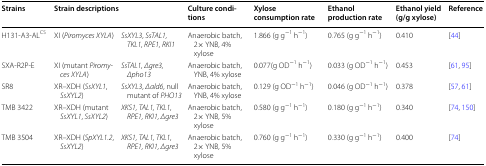
<table><thead><tr><td><b>Strains</b></td><td colspan="2"><b>Strain descriptions</b></td><td><b>Culture conditions</b></td><td><b>Xylose consumption rate</b></td><td><b>Ethanol production rate</b></td><td><b>Ethanol yield (g/g xylose)</b></td><td><b>Reference</b></td></tr></thead><tbody><tr><td>H131-A3-AL<sup>CS</sup></td><td>XI (<i>Piromyces XYLA</i>)</td><td><i>SsXYL3</i>, <i>SsTAL1, TKL1, RPE1, RKI1</i></td><td>Anaerobic batch, 2× YNB, 4% xylose</td><td>1.866 (g g<sup>−1</sup> h<sup>−1</sup>)</td><td>0.765 (g g<sup>−1</sup> h<sup>−1</sup>)</td><td>0.410</td><td>[44]</td></tr><tr><td>SXA-R2P-E</td><td>XI (mutant <i>Piromyces XYLA</i>)</td><td><i>SsTAL1, Δgre3, Δpho13</i></td><td>Anaerobic batch, YNB, 4% xylose</td><td>0.077(g OD<sup>−1</sup> h<sup>−1</sup>)</td><td>0.033 (g OD<sup>−1</sup> h<sup>−1</sup>)</td><td>0.453</td><td>[61, 95]</td></tr><tr><td>SR8</td><td>XR–XDH (<i>SsXYL1</i>, <i>SsXYL2</i>)</td><td><i>SsXYL3</i>, <i>Δald6</i>, null mutant of <i>PHO13</i></td><td>Anaerobic batch, YNB, 4% xylose</td><td>0.129 (g OD<sup>−1</sup> h<sup>−1</sup>)</td><td>0.046 (g OD<sup>−1</sup> h<sup>−1</sup>)</td><td>0.378</td><td>[57, 61]</td></tr><tr><td>TMB 3422</td><td>XR–XDH (mutant <i>SsXYL1</i>, <i>SsXYL2</i>)</td><td><i>XKS1, TAL1, TKL1, RPE1, RKI1, Δgre3</i></td><td>Anaerobic batch, 2× YNB, 5% xylose</td><td>0.580 (g g<sup>−1</sup> h<sup>−1</sup>)</td><td>0.180 (g g<sup>−1</sup> h<sup>−1</sup>)</td><td>0.340</td><td>[74, 150]</td></tr><tr><td>TMB 3504</td><td>XR–XDH (<i>SpXYL1.2</i>, <i>SsXYL2</i>)</td><td><i>XKS1, TAL1, TKL1, RPE1, RKI1, Δgre3</i></td><td>Anaerobic batch, 2× YNB, 5% xylose</td><td>0.760 (g g<sup>−1</sup> h<sup>−1</sup>)</td><td>0.330 (g g<sup>−1</sup> h<sup>−1</sup>)</td><td>0.400</td><td>[74]</td></tr></tbody></table>